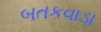
બતકવાડા